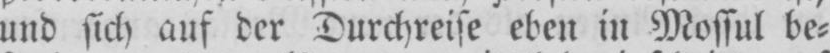
und sich auf der Durchreise eben in Mossul be⸗